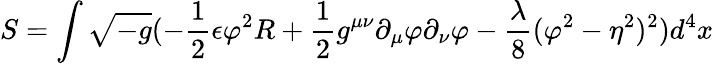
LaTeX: S=\int\sqrt{-g}(-\frac{1}{2}\epsilon\varphi^{2}R+\frac{1}{2}g^{\mu\nu}\partial_{\mu}\varphi\partial_{\nu}\varphi-\frac{\lambda}{8}(\varphi^{2}-\eta^{2})^{2})d^{4}x